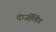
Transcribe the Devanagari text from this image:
दार्जलिंग